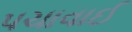
પચાવાઈ